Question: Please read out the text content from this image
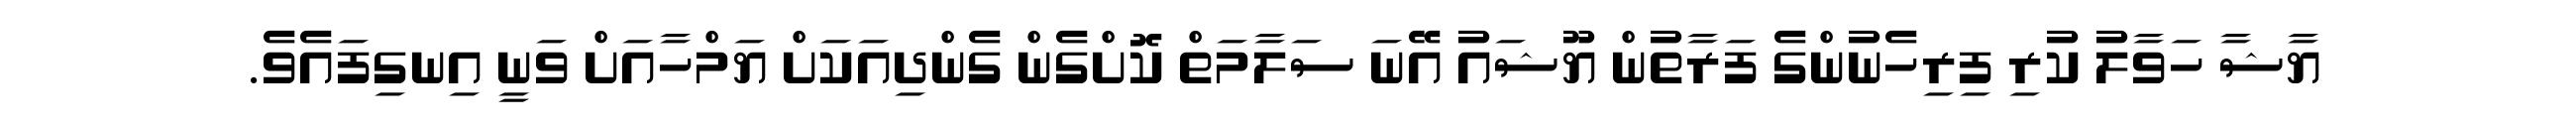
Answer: ޔާޝާ ހަވާލު ކުރި ފިރިހެނުންގެ ފަރާތުން ޔޫޝައު އޭނަ ސަލާމަތް ކޮށްގެން ގެންދިއަކަށް ޔަމްހާއަށް ވަނީ އިނގިފައެވެ.